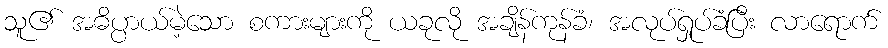
သူ၏ အဓိပ္ပာယ်မဲ့သော စကားများကို ယခုလို အချိန်ကုန်ခံ၊ အလုပ်ရှုပ်ခံပြီး လာရောက်